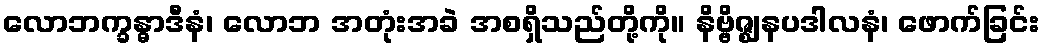
လောဘက္ခန္ဓာဒီနံ၊ လောဘ အတုံးအခဲ အစရှိသည်တို့ကို။ နိဗ္ဗိဇ္ဈနပဒါလနံ၊ ဖောက်ခြင်း